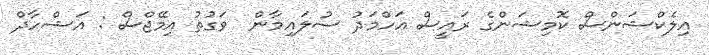
އިލެކްޝަންސް ކޮމިޝަންގެ ރައީސް އަހްމަދު ސުލައިމާން  ވަގުތު އިމޭޖްސް : އަޝްހާދް